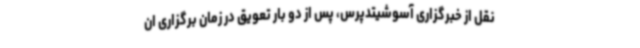
نقل از خبرگزاری آسوشیتدپرس، پس از دو بار تعویق در زمان برگزاری ان